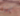
ايرل